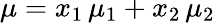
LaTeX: \mu=x_{1}\, \mu_{1}+x_{2}\, \mu_{2}